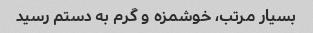
بسیار مرتب، خوشمزه و گرم به دستم رسید